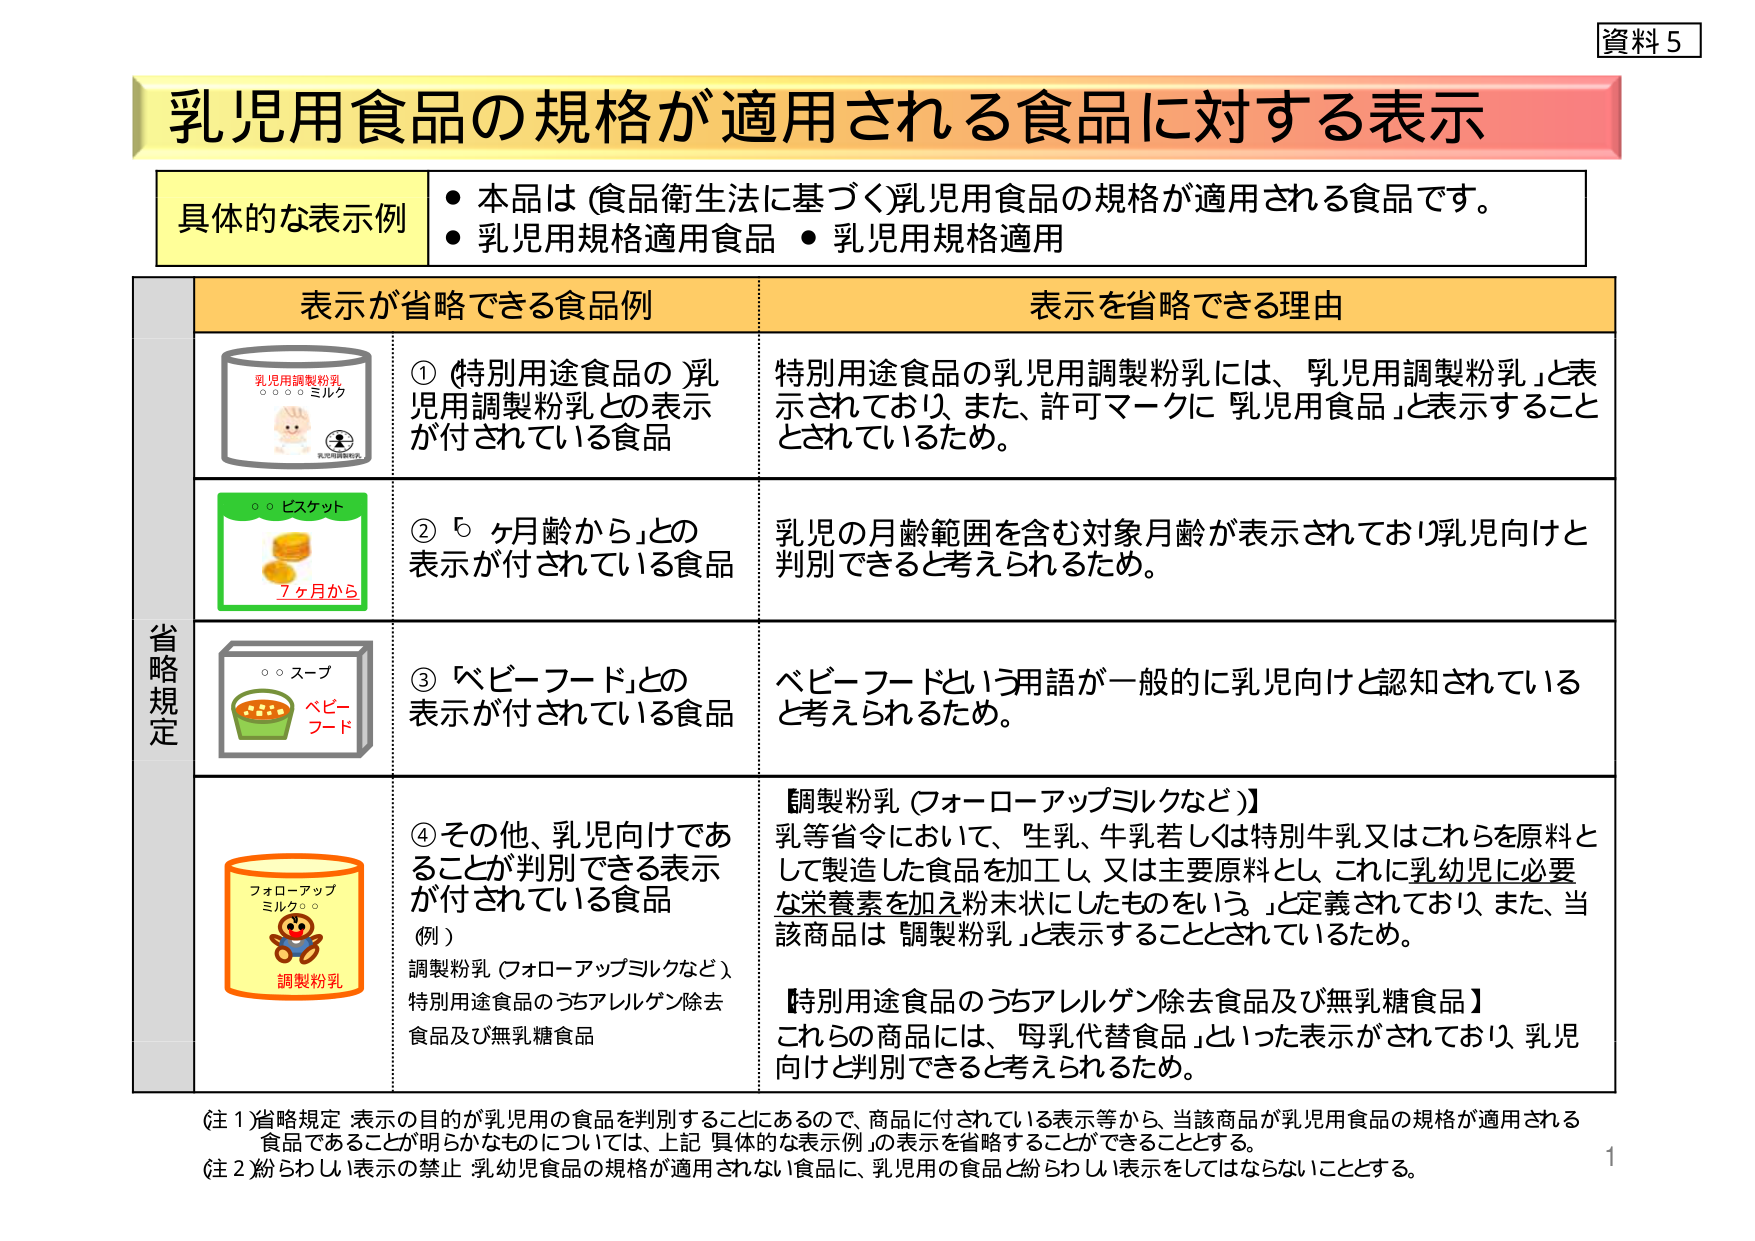
資料５
乳児用食品の規格が適用される食品に対する表示

具体的な表示例
・本品は（食品衛生法に基づく）乳児用食品の規格が適用される食品です。
・乳児用規格適用食品　・乳児用規格適用

省略規定
表示が省略できる食品例